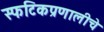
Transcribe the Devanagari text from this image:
स्फटिकप्रणालीचे